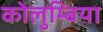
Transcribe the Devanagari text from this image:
कोलुम्बिया